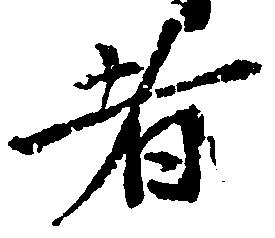
者